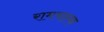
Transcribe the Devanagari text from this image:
रामचारक